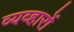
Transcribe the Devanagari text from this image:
व्यव्हारों